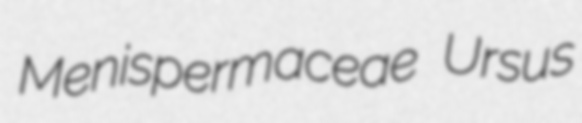
Menispermaceae Ursus